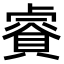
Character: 𧷁